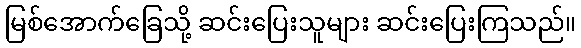
မြစ်အောက်ခြေသို့ ဆင်းပြေးသူများ ဆင်းပြေးကြသည်။